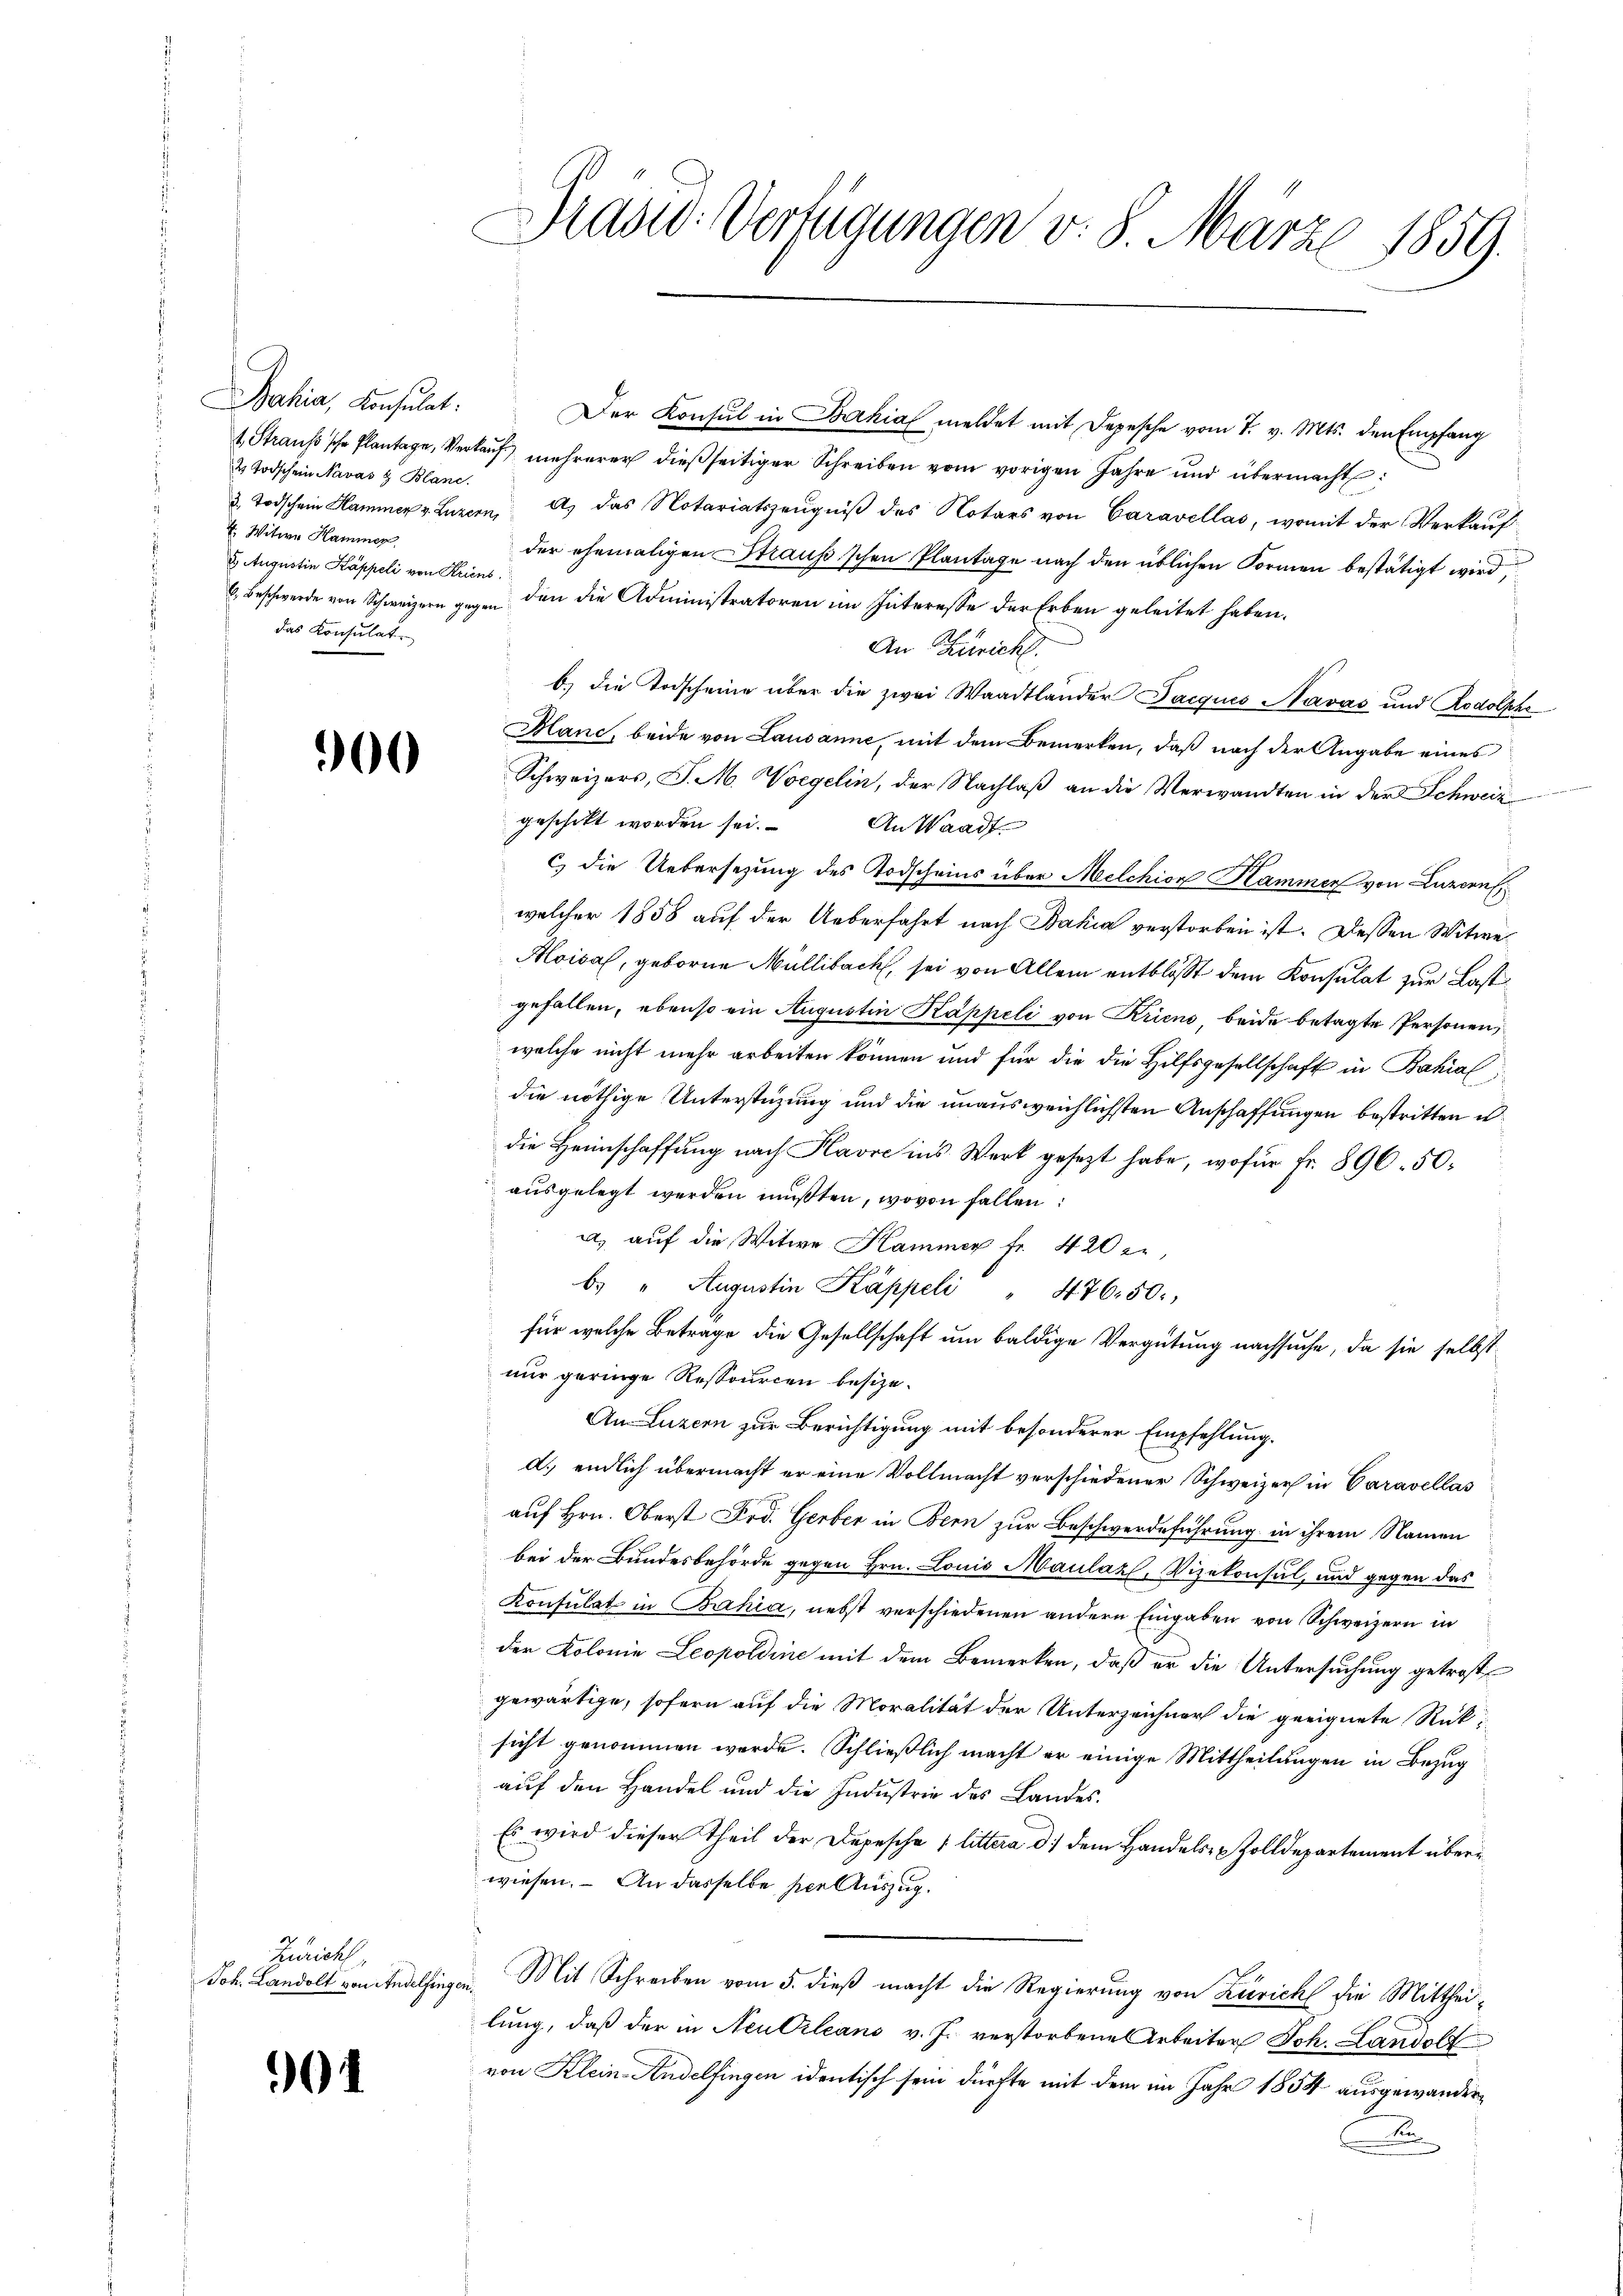
Bahia, Konsulat:
2 Todschein Navas & Blanc.
: Witwe Hammer
2. Augustin Kappeli von Kriens
das Konsulat

901

900

Zürich
Joh. Landolt von Andelfer

Pras Verfügungen v. 8. März 1859.

Der Konsul in Bahia meldet mit Depesche vom 7. v. Mts. den Empfang
1. Straus'sche Plantage, Verkauf mehrerer dießseitiger Schreiben vom vorigen Jahre und übermacht:
3. Todschein Hammer v. Luzern, A. das Notariatszeŭgniβ des Notars von Caravellas, womit der Verkauf
der ehemaligen Strausschen Plantage nach den üblichen Formen bestätigt wird,
6. Beschwerde von Schweizern gegen den die Administratoren im Interesse der Erben geleitet haben.
An Zürich
b.) die Todscheine über die zwei Waadtländer Jacques Navas und Rodolphe
Hanc, beide von Lausanne, mit dem Bemerken, daß nach der Angabe eines
Schweizers, J. M. Vorgelin, der Nachlaß an die Verwandten in der Schweiz
geschikt worden sei.
An Waadt
c) die Uebersezung des Todscheins über Melchion Kammer von Luzern
welcher 1858 auf der Ueberfahrt nach Bahia verstorben ist. Dessen Witwe
Moisa, geborne Müllibach, sei von Allem entblöst dem Konsulat zur Last
gefallen, ebenso ein Augustin Kappeli von Krieno, beide betagte Personen,
welche nicht mehr arbeiten können und für die die Hilfsgesellschaft in Bahial
die nöthige Unterstüzung und die unausweichlichsten Anschaffungen bestritten u.
die Heimschaffung nach Havre ins Werk gesezt habe, wofür Fr. 896. 50.
ausgelegt werden müßten, wovon fallen:
a, auf die Witwe Hammer fr. 420 f.,
b. " Augustin Kappeli " 476.50.
für welche Beträge die Gesellschaft um baldige Vergütung nachsuche, da sie selbst
nur geringe Ressourcen besize¬
An Luzern zur Berichtigung mit besonderer Empfehlung.
d. endlich übermacht er eine Vollmacht verschiedener Schweizer in Caravellas
auf Hrn. Oberst Frd. Gerber in Bern zur Beschwerdeführung in ihrem Namen
bei der Bundesbehörde gegen Hrn. Louis Maulazl, Vizekonsul, und gegen das
Konsulat in Bahia, nebst verschiedenen andern Eingaben von Schweizern in
der Kolonie Leopoldine mit dem Bemerken, daß er die Untersuchung getrost
gewärtige, sofern auf die Moralität der Unterzeichner die geeignete Rück-
sicht genommen werde. Schließlich macht er einige Mittheilungen in Bezug
auf den Handel und die Industrie des Landes.
Es wird dieser Theil der Depesche 1 littera d.) dem Handels- Zolldepartement überwiesen. – An dasselbe per Auszug.
d
Mit Schreiben vom 5. dieß macht die Regierung von Zürich die Mittheilung, daß der in Neubileans v. J. verstorbenes Arbeiter Joh. Landolt
von Klein-Andelfingen identisch sein dürfte mit dem im Jahr 1854 ausgewander¬
B